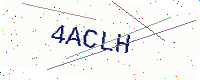
Text: 4ACLH